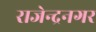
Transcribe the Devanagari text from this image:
राजेन्द्रनगर